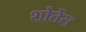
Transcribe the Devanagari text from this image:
शोर्तेंस